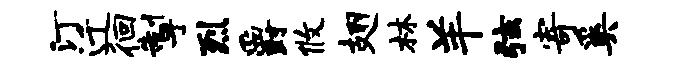
汀迁徊掣烈爵攸翅林羊弦寄奚